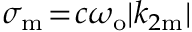
\sigma _ { \mathrm { m } } \! = \! c \omega _ { \mathrm { o } } | k _ { 2 \mathrm { m } } |